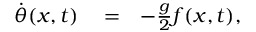
\begin{array} { r l r } { \dot { \theta } ( x , t ) } & { { } = } & { - \frac { g } { 2 } f ( x , t ) , } \end{array}